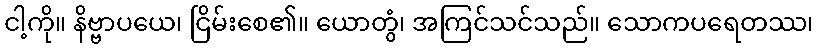
ငါ့ကို။ နိဗ္ဗာပယေ၊ ငြိမ်းစေ၏။ ယောတွံ၊ အကြင်သင်သည်။ သောကပရေတဿ၊